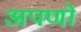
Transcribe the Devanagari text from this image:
अपणों